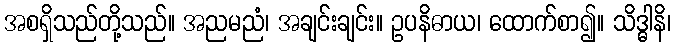
အစရှိသည်တို့သည်။ အညမညံ၊ အချင်းချင်း။ ဥပနိဓာယ၊ ထောက်စာ၍။ သိဒ္ဓါနိ၊